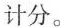
计分。